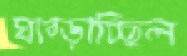
ঘাব্‌ড়াচ্ছিল